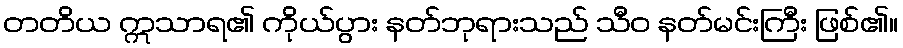
တတိယ ဣသာရ၏ ကိုယ်ပွား နတ်ဘုရားသည် သီဝ နတ်မင်းကြီး ဖြစ်၏။